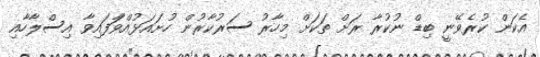
އެކަން ކުރެވޭނީ ބިޑް ނުކުރާ ރަށް ތަކަށް މިހާރު ސަރުކާރުން ހުށައަޅުއްވާަފައިވާ އިސްލާހާއި